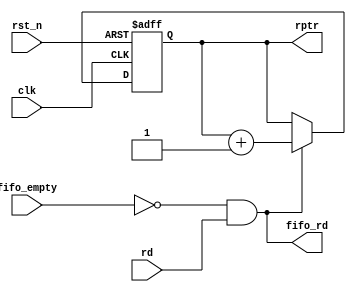
module read_pointer(rptr,fifo_rd,rd,fifo_empty,clk,rst_n);  
    input rd,fifo_empty,clk,rst_n;  
    output[4:0] rptr;  
    output fifo_rd;  
    reg[4:0] rptr;  
    
    assign fifo_rd = (~fifo_empty)& rd;  
    always @(posedge clk or negedge rst_n)  
    begin  
        if(~rst_n) rptr <= 5'b000000;  
        else if(fifo_rd)  
            rptr <= rptr + 5'b000001;  
        else  
            rptr <= rptr;  
        end  
endmodule